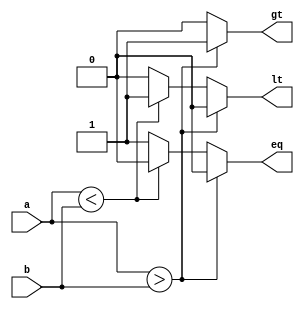
module Comparator (
    input [7:0] a,
    input [7:0] b,
    output reg gt,
    output reg lt,
    output reg eq
);

always @ (*) begin
    if (a > b) begin
        gt = 1;
        lt = 0;
        eq = 0;
    end else if (a < b) begin
        gt = 0;
        lt = 1;
        eq = 0;
    end else begin
        gt = 0;
        lt = 0;
        eq = 1;
    end
end

endmodule